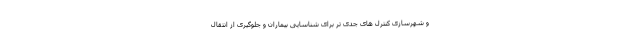
و شهرسازی کنترل های جدی تر برای شناسایی بیماران و جلوگیری از انتقال